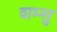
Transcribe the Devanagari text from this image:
शम्सु